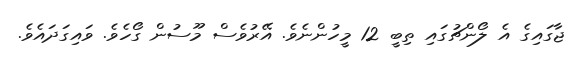
ޖާގައިގެ އެ ލޯންޗުގައި ތިބީ 12 މީހުންނެވެ. އޭރުވެސް މޫސުން ގޯހެވެ. ވައިގަދައެވެ.